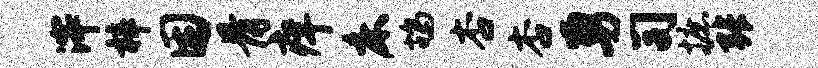
滓梓困骨痒床鸪杏杏勇司摭张